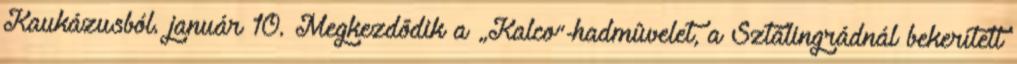
Kaukázusból. január 10. Megkezdõdik a „Kalco”-hadmûvelet, a Sztálingrádnál bekerített